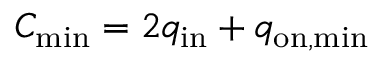
C _ { \mathrm { m i n } } = 2 q _ { \mathrm { i n } } + q _ { \mathrm { o n , m i n } }